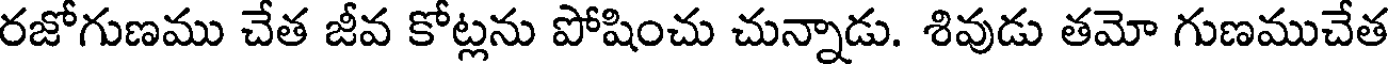
రజోగుణము చేత జీవ కోట్లను పోషించు చున్నాడు. శివుడు తమో గుణముచేత